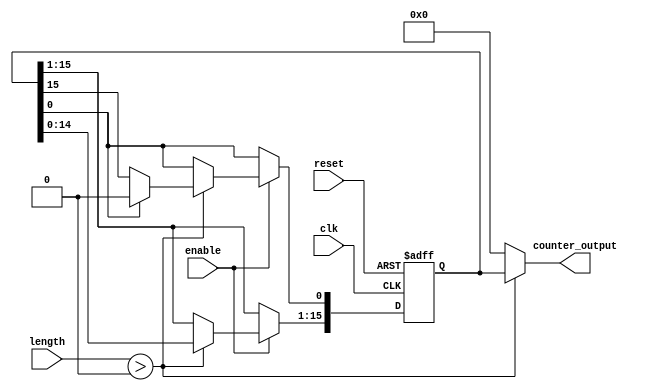
module variable_length_ring_counter (
    input wire clk,
    input wire reset,
    input wire enable,
    input wire [3:0] length,       // Input for setting the length of the ring counter (0 to 15)
    output reg [15:0] counter_output // Outputs for the state of the ring counter
);

    // Internal registers
    reg [15:0] ff;  // Array of flip-flops used in the ring counter
    
    // Initial condition
    initial begin
        ff = 16'b0; // Initialize flip-flops to 0
        counter_output = 16'b0; // Initialize counter output to 0
    end

    // Clock driven logic
    always @(posedge clk or posedge reset) begin
        if (reset) begin
            ff <= 16'b0; // Reset all flip-flops
            ff[0] <= 1'b1; // Set the first flip-flop to 1
        end else if (enable) begin
            // Shift logic for the ring counter
            if (length > 0) begin
                // Shift the '1' around based on the active length
                ff <= {ff[14:0], ff[15]}; // Shift left
                if (ff[0]) begin
                    ff[0] <= 1'b0; // Clear the original position of '1' (to avoid multiple '1's)
                end
            end
        end
    end

    // Assign counter_output from flip-flops, but limit to the active length
    always @(*) begin
        if (length > 0) begin
            counter_output = ff;
        end else begin
            counter_output = 16'b0; // If length is 0, output 0
        end
    end

endmodule